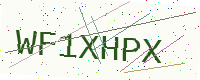
Text: WF1XHPX